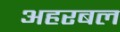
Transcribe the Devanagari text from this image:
अहरबल